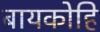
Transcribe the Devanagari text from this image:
बायकोहि